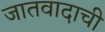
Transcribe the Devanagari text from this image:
जातवादाची